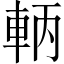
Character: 𨋣